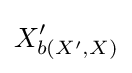
X_{b(X^{\prime },X)}^{\prime }